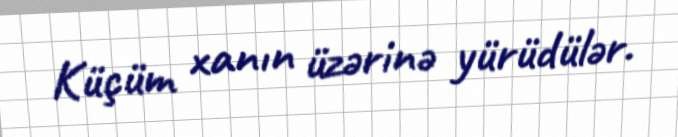
Küçüm xanın üzərinə yürüdülər.